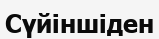
Сүйіншіден